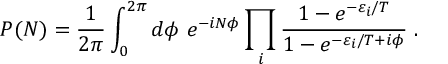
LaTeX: P ( N ) = \frac { 1 } { 2 \pi } \int _ { 0 } ^ { 2 \pi } d \phi \, \, e ^ { - i N \phi } \prod _ { i } \frac { 1 - e ^ { - \varepsilon _ { i } / T } } { 1 - e ^ { - \varepsilon _ { i } / T + i \phi } } \; .